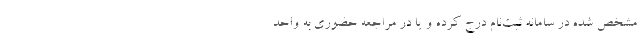
مشخص شده در سامانه ثبت‌نام درج کرده و یا در مراجعه حضوری به واحد